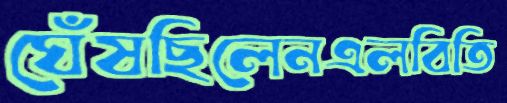
ঘেঁষছিলেনএলবিতি